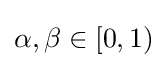
\alpha ,\beta \in [0,1)